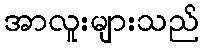
အာလူးများသည်